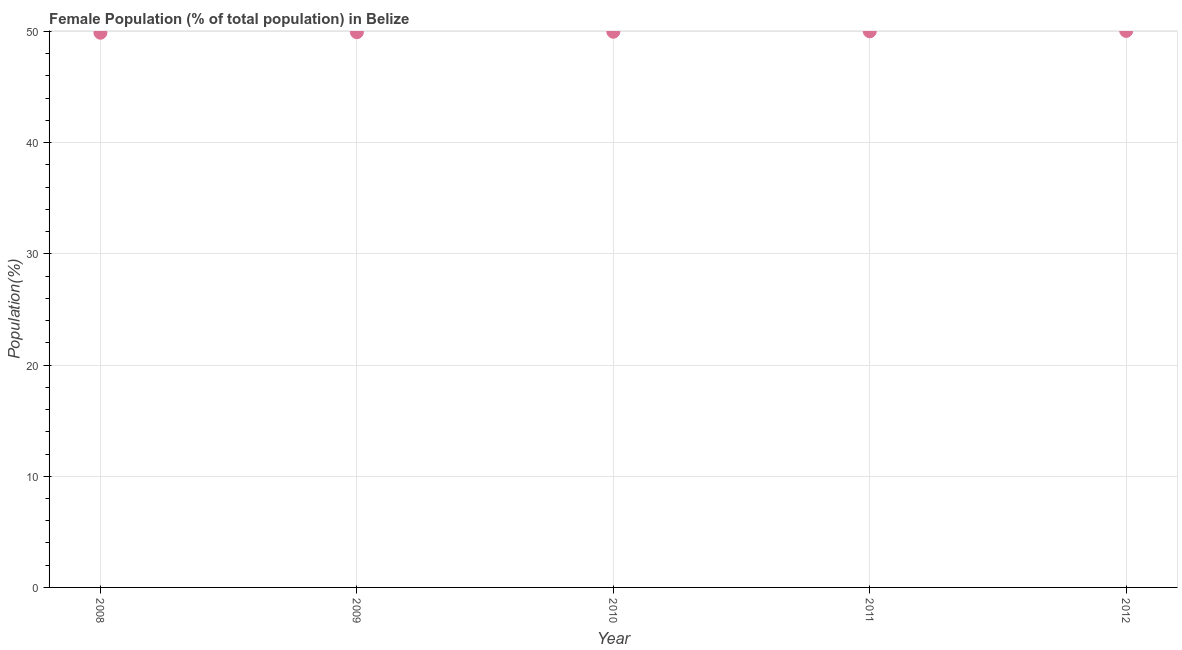
| Year | Female |
 | --- | --- |
 | 2008 | 49.9 |
 | 2009 | 49.9 |
 | 2010 | 50 |
 | 2011 | 50 |
 | 2012 | 50.1 |